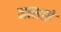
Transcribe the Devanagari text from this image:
नासतो